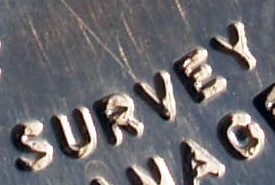
SURVEY